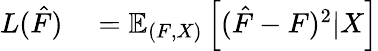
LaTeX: \begin{array}{rl}{L(\hat{F})}&{{}=\mathbb{E}_{(F,X)}\left[(\hat{F}-F)^{2}|X\right]}\end{array}